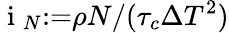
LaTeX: \mathrm{~i~}_{N}{:=}\rho N/(\tau_{c}\Delta T^{2})